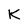
Character: K